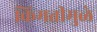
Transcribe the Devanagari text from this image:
किंमत्तीमुळे